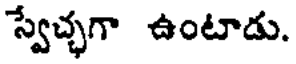
స్వేచ్చగా ఉంటాడు.